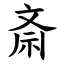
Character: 斎